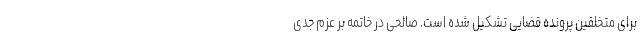
برای متخلفین پرونده قضایی تشکیل شده است. صالحی در خاتمه بر عزم جدی